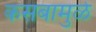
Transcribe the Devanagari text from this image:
कसबामुळे